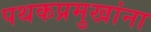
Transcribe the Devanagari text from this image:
पथकप्रमुखांना